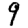
Digit: 9